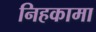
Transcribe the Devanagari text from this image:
निहकामा